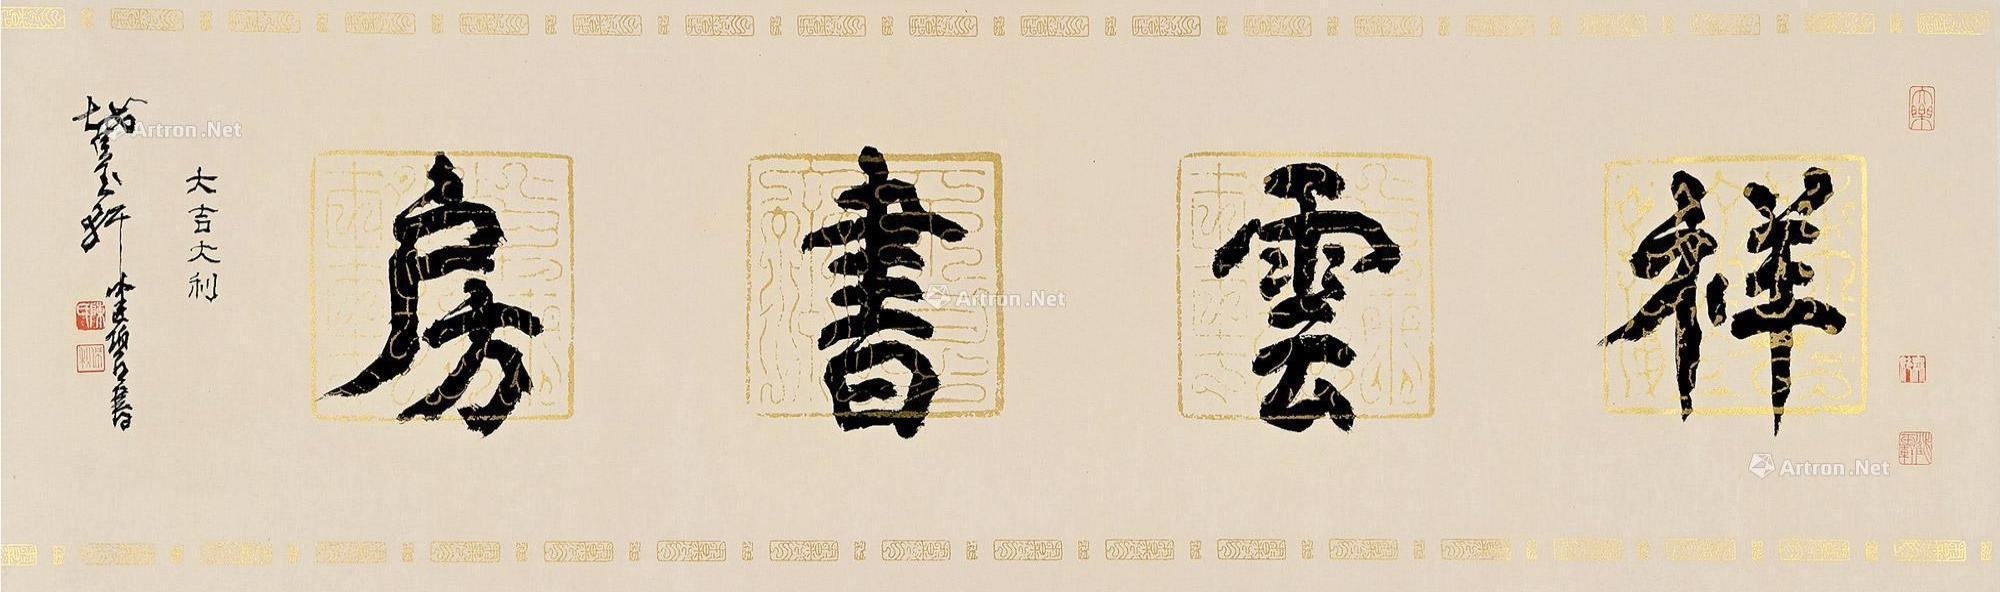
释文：祥云书房。大吉大利。截玉轩健碧书。